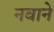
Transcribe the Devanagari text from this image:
नवाने